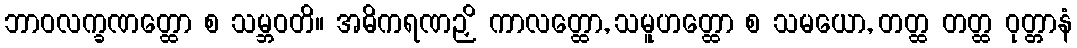
ဘာဝလက္ခဏတ္ထော စ သမ္ဘဝတိ။ အဓိကရဏဉှိ ကာလတ္ထော, သမူဟတ္ထော စ သမယော, တတ္ထ တတ္ထ ဝုတ္တာနံ